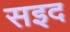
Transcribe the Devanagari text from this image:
सइद